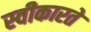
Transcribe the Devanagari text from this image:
स्‍वीकारते